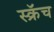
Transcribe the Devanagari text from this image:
स्क्रॅच